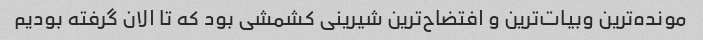
مونده‌ترین وبیات‌ترین و افتضاح‌ترین شیرینی کشمشی بود که تا الان گرفته بودیم